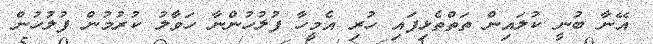
އޭނާ ބުނީ ކުލައިން ތަތްތެޅިފައި ހުރި އެމީހާ ފުލުހުންނާ ހަވާލު ކުރުމުން ފުލުހުން